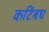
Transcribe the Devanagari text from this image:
कटिंबध